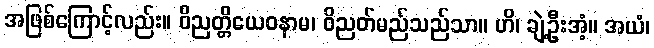
အဖြစ်ကြောင့်လည်း။ ဝိညတ္တိယေဝနာမ၊ ဝိညတ်မည်သည်သာ။ ဟိ၊ ချဲ့ဦးအံ့။ အယံ၊